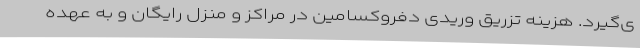
ی‌گیرد. هزینه تزریق وریدی دفروکسامین در مراکز و منزل رایگان و به عهده